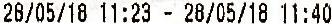
28/05/18 11:23 - 28/05/18 11:40